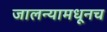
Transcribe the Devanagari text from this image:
जालन्यामधूनच